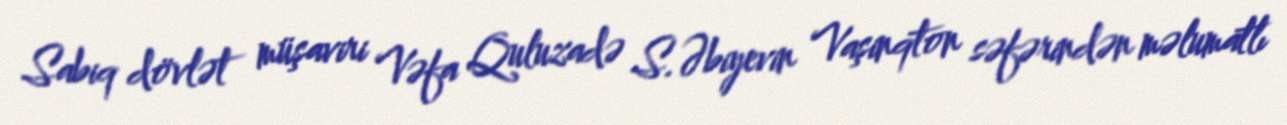
Sabiq dövlət müşaviri Vəfa Quluzadə S.Əbiyevin Vaşinqton səfərindən məlumatlı